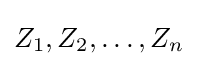
Z_{1},Z_{2},\dots ,Z_{n}